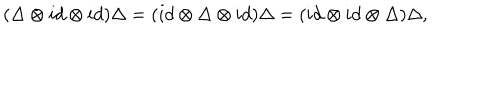
( \Delta \otimes i d \otimes i d ) \Delta = ( i d \otimes \Delta \otimes i d ) \Delta = ( i d \otimes i d \otimes \Delta ) \Delta ,